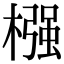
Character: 𣚦